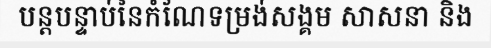
បន្តបន្ទាប់នៃកំណែទម្រង់សង្គម សាសនា និង